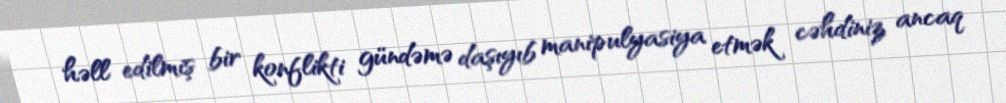
həll edilmiş bir konflikti gündəmə daşıyıb manipulyasiya etmək cəhdiniz ancaq